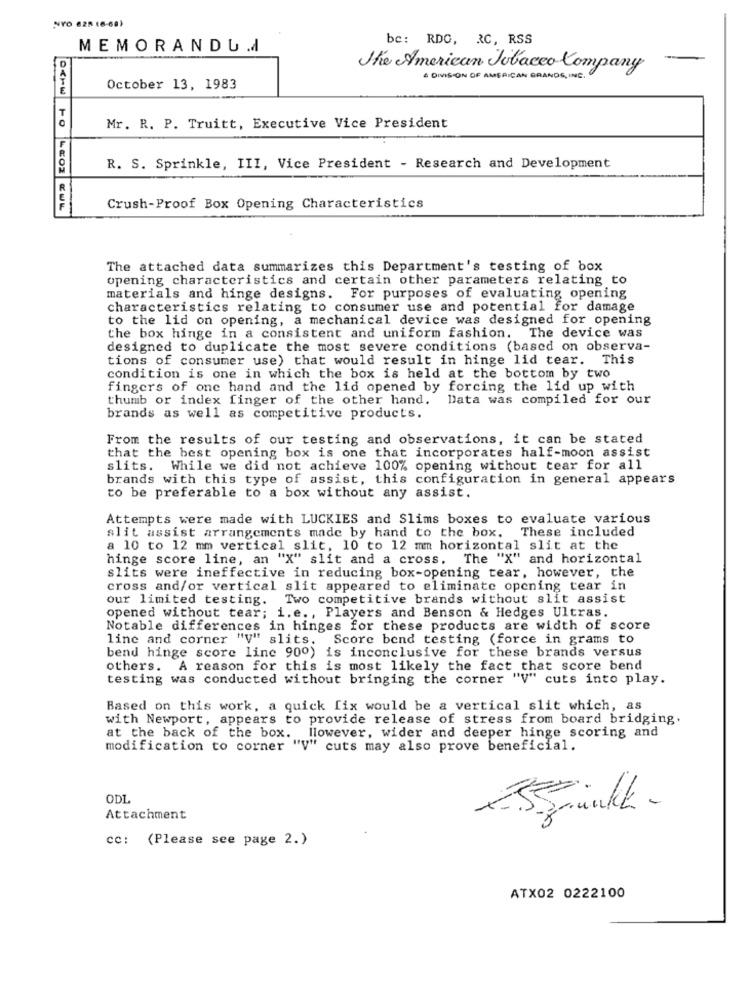
NYO 625 (6-681
be: RDO, RC, RSS
MEMORANDU .d
The American Tobacco Company
& DIVISION OF AMERICAN GRANDS, INC.
October 13, 1983
Mr. R. P. Truitt, Executive Vice President
R. S. Sprinkle, III, Vice President - Research and Development
Crush-Proof Box Opening Characteristics
The attached data summarizes this Department's testing of box
opening characteristics and certain other parameters relating to
materials and hinge designs. For purposes of evaluating opening
characteristics relating to consumer use and potential for damage
to the lid on opening, a mechanical device was designed for opening
the box hinge in a consistent and uniform fashion. The device was
designed to duplicate the most severe conditions (based on observa-
tions of consumer use) that would result in hinge lid tear. This
condition is one in which the box is held at the bottom by two
fingers of one hand and the lid opened by forcing the lid up with
thumb or index finger of the other hand.
Data was compiled for our
brands as well as competitive products.
From the results of our testing and observations, it can be stated
that the best opening box is one that incorporates half-moon assist
slits. While we did not achieve 100% opening without tear for all
brands with this type of assist, this configuration in general appears
to be preferable to a box without any assist.
Attempts were made with LUCKIES and Slims boxes to evaluate various
These included
slit assist arrangements made by hand to the box.
a 10 to 12 mm vertical slit, 10 to 12 mm horizontal slit at the
hinge score line, an "X" slit and a cross. The "X" and horizontal
slits were ineffective in reducing box-opening tear, however, the
cross and/or vertical slit appeared to eliminate opening tear in
our limited testing.
Two competitive brands without slit assist
opened without tear; i.e ., Players and Benson & Hedges Ultras.
Notable differences in hinges for these products are width of score
line and corner "V" slits. Score bend testing (force in grams to
bend hinge score line 900) is inconclusive for these brands versus
others. A reason for this is most likely the fact that score bend
testing was conducted without bringing the corner "V" cuts into play.
Based on this work, a quick fix would be a vertical slit which, as
with Newport, appears to provide release of stress from board bridging.
at the back of the box. liowever, wider and deeper hinge scoring and
modification to corner "V" cuts may also prove beneficial.
ODL
Attachment
ESSünk -
cc: (Please see page 2.)
ATX02 0222100